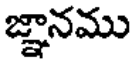
జ్ఞానము